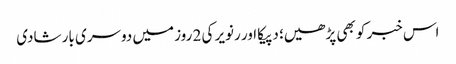
اس خبر کو بھی پڑھیں؛ دپیکا اور رنویر کی 2 روز میں دوسری بار شادی